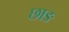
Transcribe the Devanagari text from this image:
छाङ